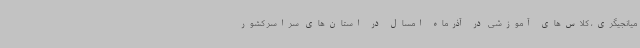
میانجیگری، کلاس‌های آموزشی در آذرماه امسال در استان‌های سراسر کشور